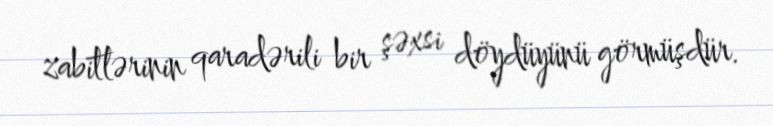
zabitlərinin qaradərili bir şəxsi döydüyünü görmüşdür.